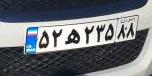
۵۲ه۲۳۵۸۸